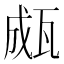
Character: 㼩